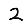
Digit: 2